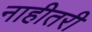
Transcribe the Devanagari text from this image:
नाहीतरी